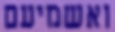
ואשמיעם